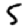
Digit: 5